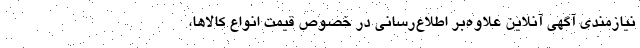
نیازمندی آگهی آنلاین علاوه‌بر اطلاع‌رسانی در خصوص قیمت انواع کالاها،